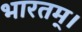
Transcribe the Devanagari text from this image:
भारतम्।